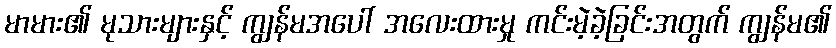
မာမား၏ မုသားများနှင့် ကျွန်မအပေါ် အလေးထားမှု ကင်းမဲ့ခဲ့ခြင်းအတွက် ကျွန်မ၏